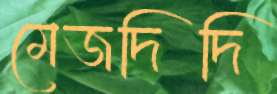
মেজদিদি